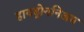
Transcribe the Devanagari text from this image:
हायड्रोननिअम